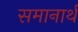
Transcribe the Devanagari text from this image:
समानार्थ